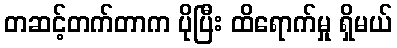
တဆင့်တက်တာက ပိုပြီး ထိရောက်မှု ရှိမယ်